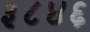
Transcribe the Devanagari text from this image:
३८४६